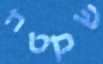
שקטה